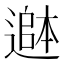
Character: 𮟄